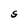
Character: S